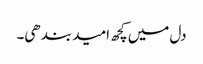
دل میں کچھ امید بندھی۔